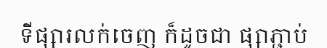
ទីផ្សារលក់ចេញ ក៏ដូចជា ផ្សាភ្ជាប់